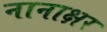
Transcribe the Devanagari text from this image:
नानाक्षर